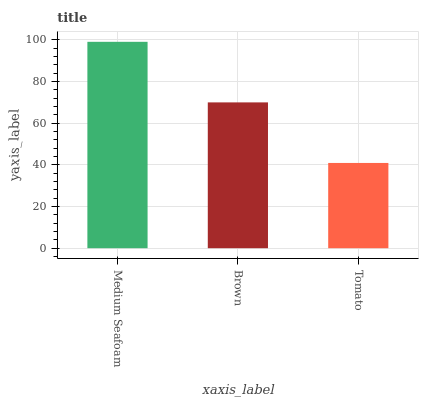
| xaxis_label | bars |
 | --- | --- |
 | Medium Seafoam | 99 |
 | Brown | 69.9 |
 | Tomato | 40.9 |